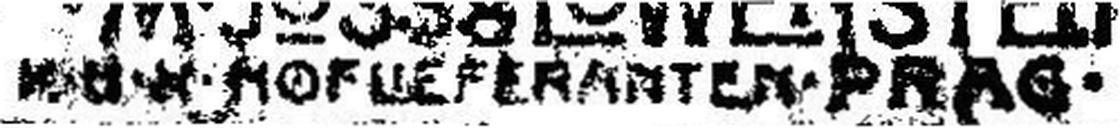
### HOF LIEFERANTEN PRAG •